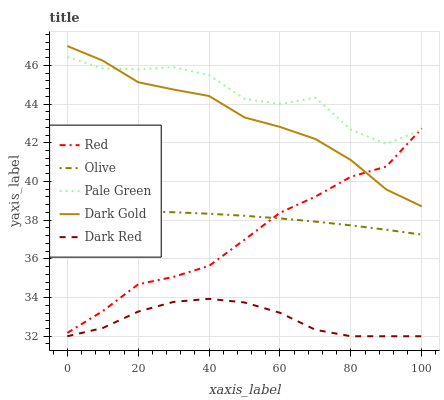
| xaxis_label | Red | Olive | Pale Green | Dark Gold | Dark Red |
 | --- | --- | --- | --- | --- | --- |
 | 0 | 32.2 | 38.5 | 46.4 | 47 | 32 |
 | 10 | 33.3 | 38.5 | 45.8 | 46.2 | 32.4 |
 | 20 | 34.7 | 38.5 | 45.8 | 45.1 | 33.3 |
 | 30 | 35.1 | 38.4 | 45.9 | 44.7 | 33.8 |
 | 40 | 35.6 | 38.3 | 45.5 | 44.4 | 33.9 |
 | 50 | 37 | 38.2 | 44.3 | 43.3 | 33.7 |
 | 60 | 38.4 | 38.1 | 44 | 42.8 | 33.2 |
 | 70 | 39.2 | 37.9 | 44.3 | 42.2 | 32.3 |
 | 80 | 40.2 | 37.7 | 42.7 | 41.1 | 32 |
 | 90 | 40.8 | 37.5 | 41.9 | 39.6 | 32 |
 | 100 | 42.7 | 37.3 | 42.7 | 38.7 | 32 |